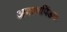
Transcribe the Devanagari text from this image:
अनाथपिंडक